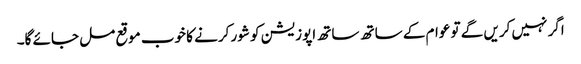
اگر نہیں کریں گے تو عوام کے ساتھ ساتھ اپوزیشن کو شور کرنے کا خوب موقع مل جائے گا۔